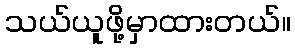
သယ်ယူဖို့မှာထားတယ်။